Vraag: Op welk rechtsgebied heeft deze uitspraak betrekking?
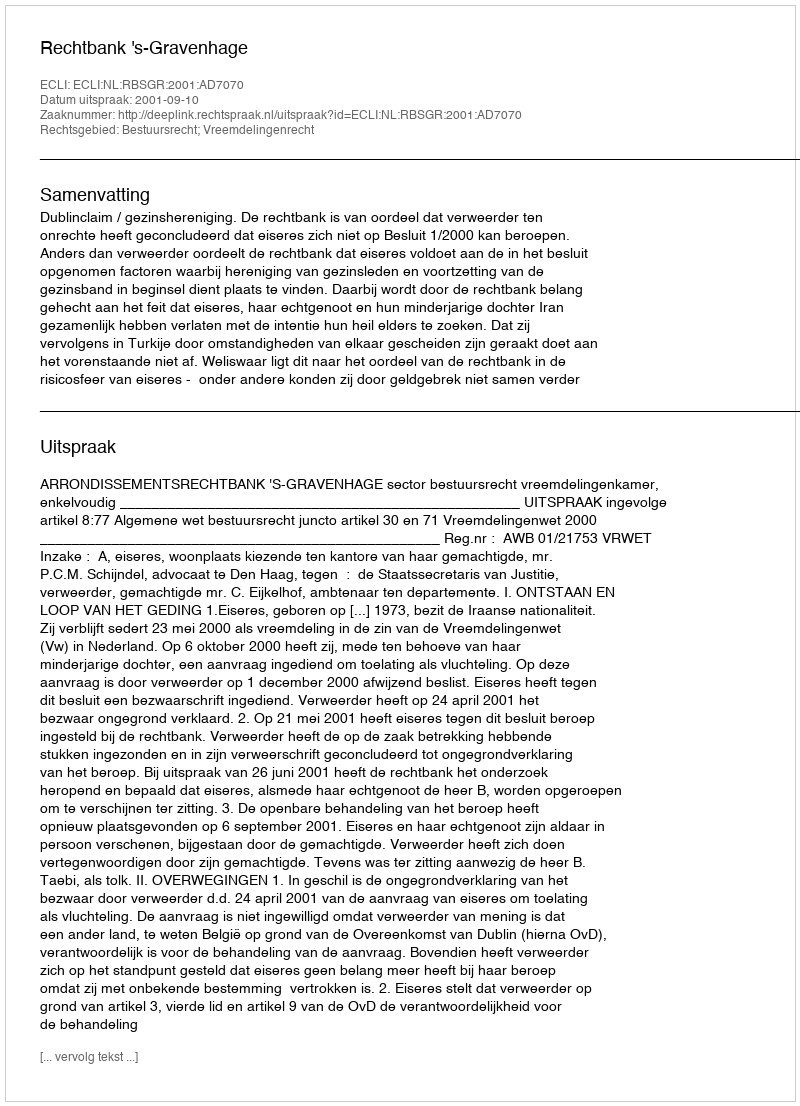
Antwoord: Bestuursrecht; Vreemdelingenrecht